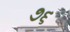
૭૬